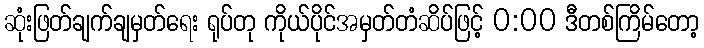
ဆုံးဖြတ်ချက်ချမှတ်ရေး ရုပ်တု ကိုယ်ပိုင်အမှတ်တံဆိပ်ဖြင့် 0:00 ဒီတစ်ကြိမ်တော့